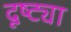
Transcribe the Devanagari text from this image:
दूष्ट्या